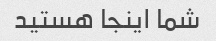
شما اینجا هستید